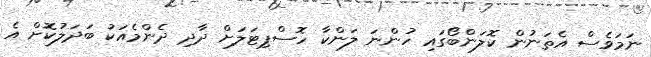
ނަމަވެސް އެތަނުން ކޮލަންބޯގައި ހުންނަ ލަންކާ ހޮސްޕިޓަލަށް ދާދި ދެންމެއަކު ބަދަލުކޮށް އެ